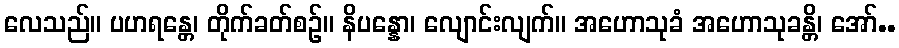
လေသည်။ ပဟရန္တေ၊ တိုက်ခတ်စဉ်။ နိပန္နော၊ လျောင်းလျက်။ အဟောသုခံ အဟောသုခန္တိ၊ အော်..